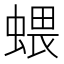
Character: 𧍥